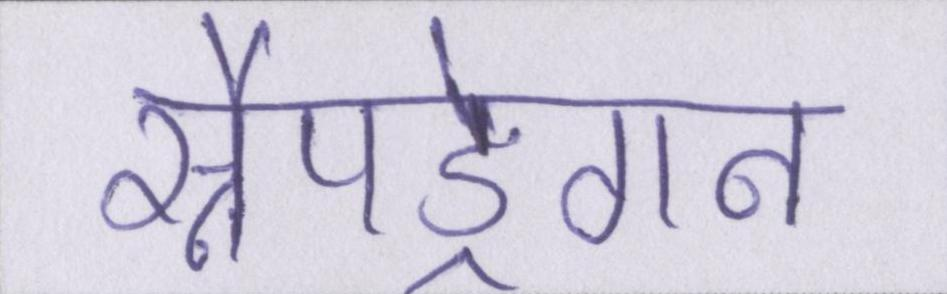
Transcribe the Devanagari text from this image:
स्नैपड्रैगन